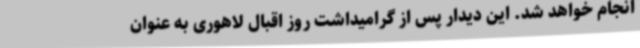
انجام خواهد شد. این دیدار پس از گرامیداشت روز اقبال لاهوری به عنوان